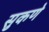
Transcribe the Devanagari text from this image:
सुकणे